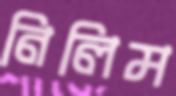
নিলিম